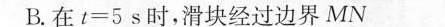
B.在$$t = 5 s$$时，滑块经过边界MN